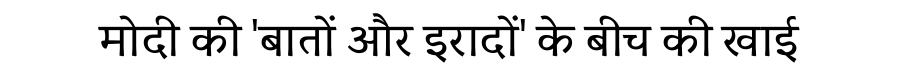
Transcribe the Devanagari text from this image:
मोदी की 'बातों और इरादों' के बीच की खाई